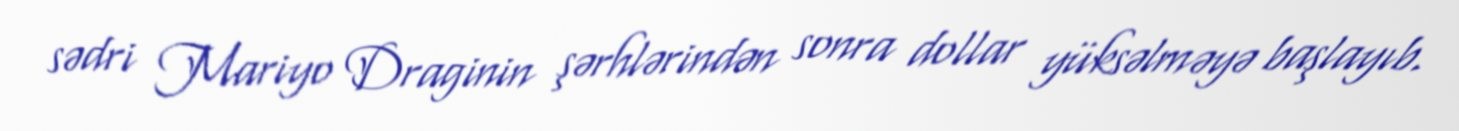
sədri Mariyo Draginin şərhlərindən sonra dollar yüksəlməyə başlayıb.